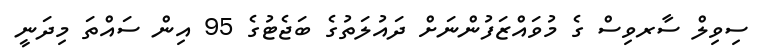
ސިވިލް ސާރވިސް ގެ މުވައްޒަފުންނަށް ދައުލަތުގެ ބަޖެޓުގެ 95 އިން ސައްތަ މިދަނީ